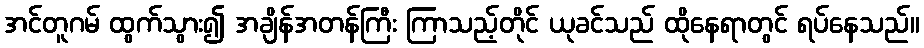
အင်တူဂမ် ထွက်သွား၍ အချိန်အတန်ကြီး ကြာသည့်တိုင် ယုခင်သည် ထိုနေရာတွင် ရပ်နေသည်။